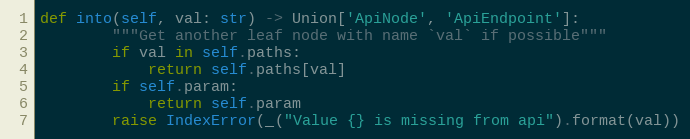
Language: Python
def into(self, val: str) -> Union['ApiNode', 'ApiEndpoint']:
        """Get another leaf node with name `val` if possible"""
        if val in self.paths:
            return self.paths[val]
        if self.param:
            return self.param
        raise IndexError(_("Value {} is missing from api").format(val))